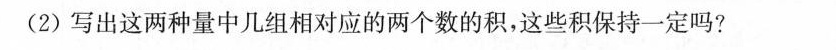
(2)写出这两种量中几组相对应的两个数的积，这些积保持一定吗?